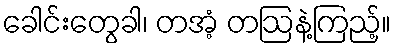
ခေါင်းတွေခါ၊ တအံ့ တဩနဲ့ကြည့်။